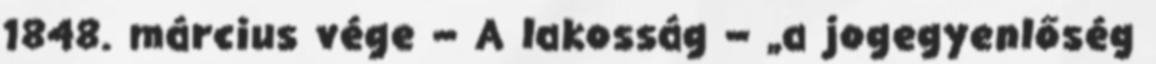
1848. március vége – A lakosság – „a jogegyenlőség